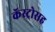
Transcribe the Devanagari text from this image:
कॅस्ट्रोसह